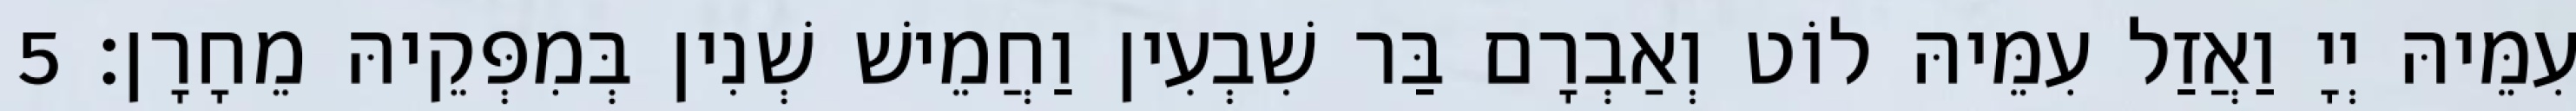
עִמֵּיהּ יְיָ וַאֲזַל עִמֵּיהּ לוֹט וְאַבְרָם בַּר שִׁבְעִין וַחֲמֵישׁ שְׁנִין בְּמִפְּקֵיהּ מֵחָרָן׃ 5